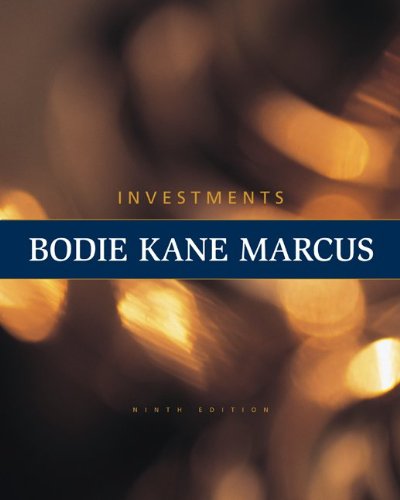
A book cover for Investments; Zvi Bodie; Business & Money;